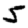
Digit: 5